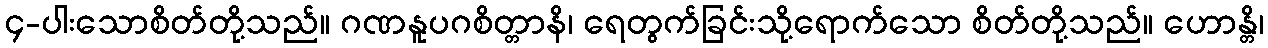
၄-ပါးသောစိတ်တို့သည်။ ဂဏနူပဂစိတ္တာနိ၊ ရေတွက်ခြင်းသို့ရောက်သော စိတ်တို့သည်။ ဟောန္တိ၊